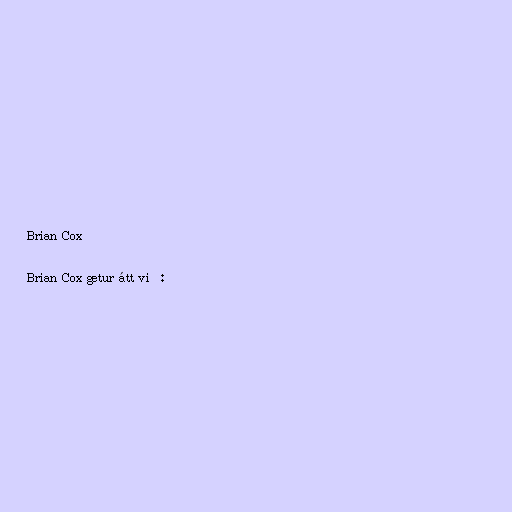
Brian Cox

Brian Cox getur átt við: